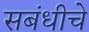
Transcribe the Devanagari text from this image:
सबंधीचे